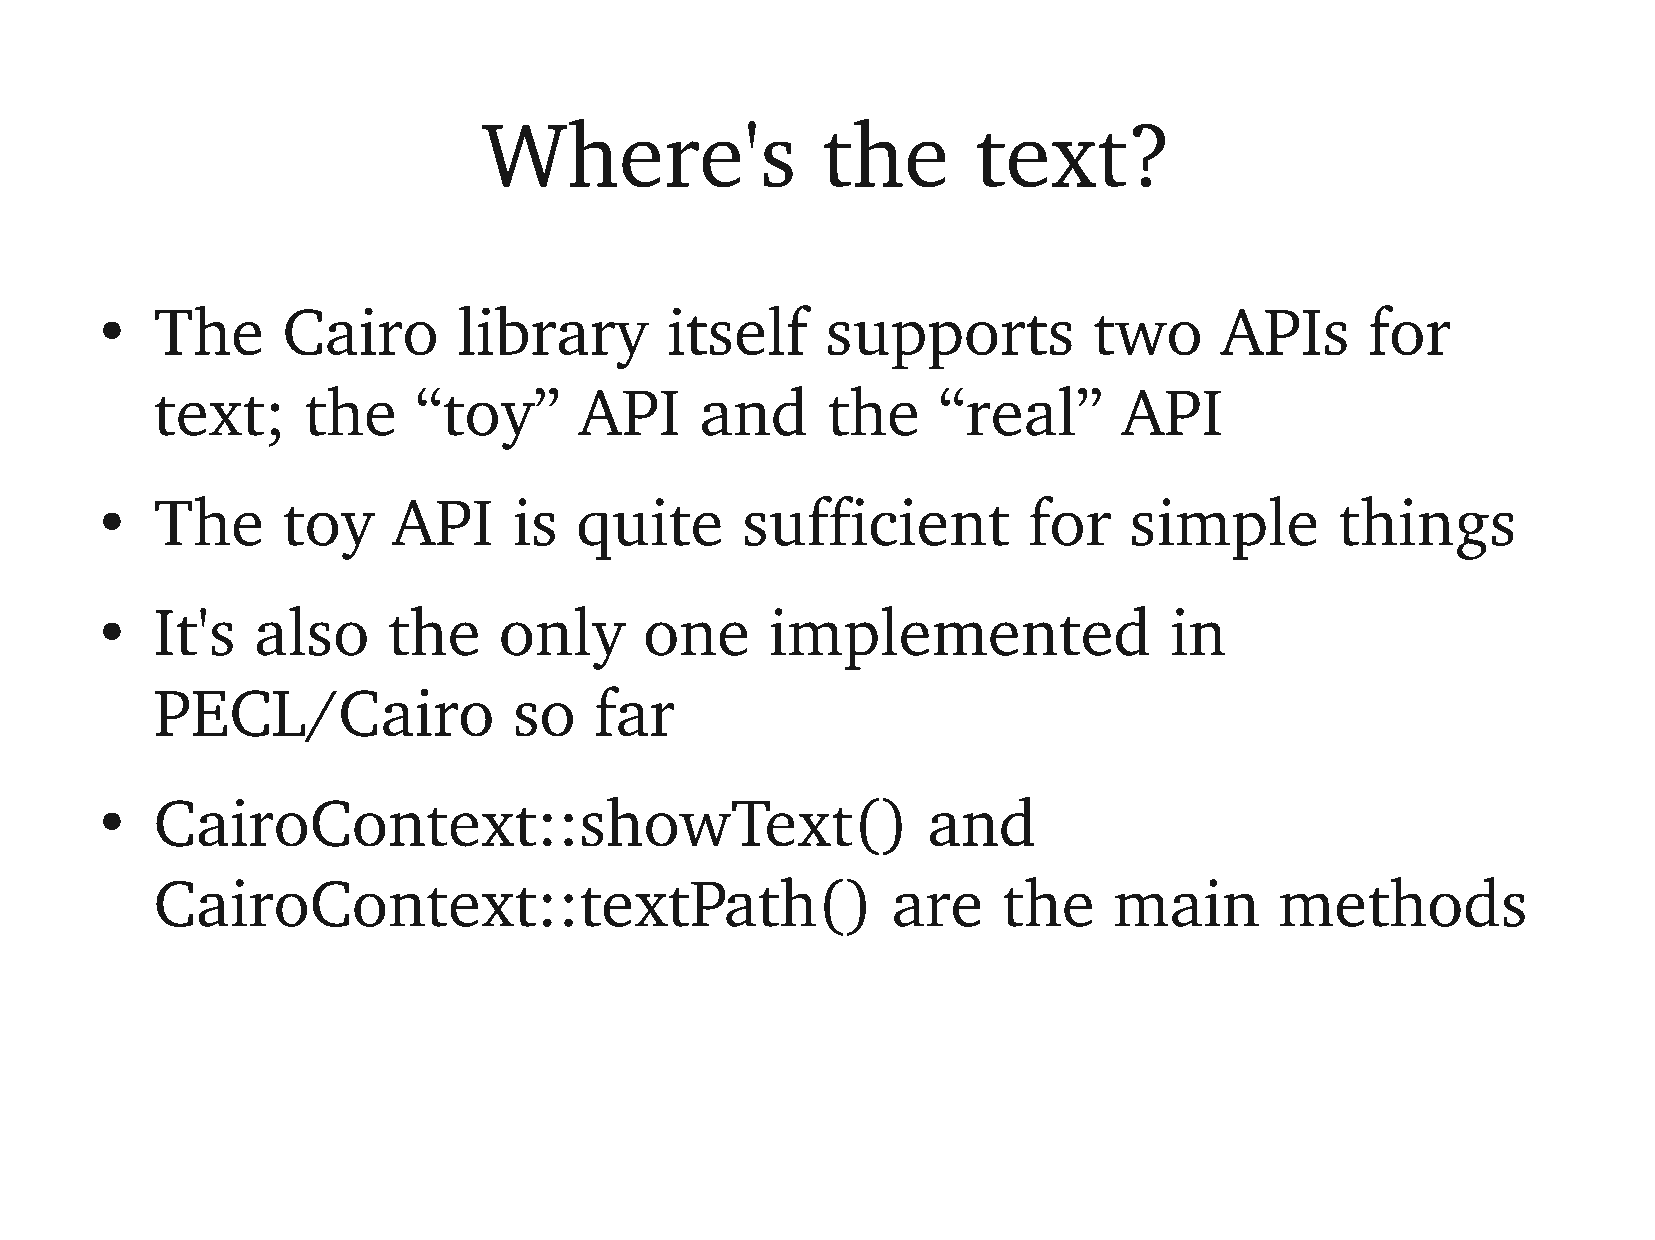
Where's               the        text?
 The      Cairo      library       itself     supports         two      APIs      for
 ●
 text;     the    “toy”      API     and      the    “real”      API
 The      toy    API     is  quite      sufficient         for    simple        things
 ●
 It's   also     the    only      one     implemented               in
 ●
 PECL/Cairo              so   far
 CairoContext::showText()                           and
 ●
 CairoContext::textPath()                         are    the     main       methods